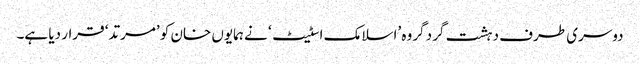
دوسری طرف دہشت گرد گروہ ’اسلامک اسٹیٹ‘ نے ہمایوں خان کو ’مرتد‘ قرار دیا ہے۔